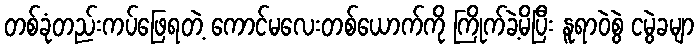
တစ်ခုံတည်းကပ်ဖြေရတဲ့ ကောင်မလေးတစ်ယောက်ကို ကြိုက်ခဲ့မိပြီး နူရာဝဲစွဲ ငမွဲခမျာ